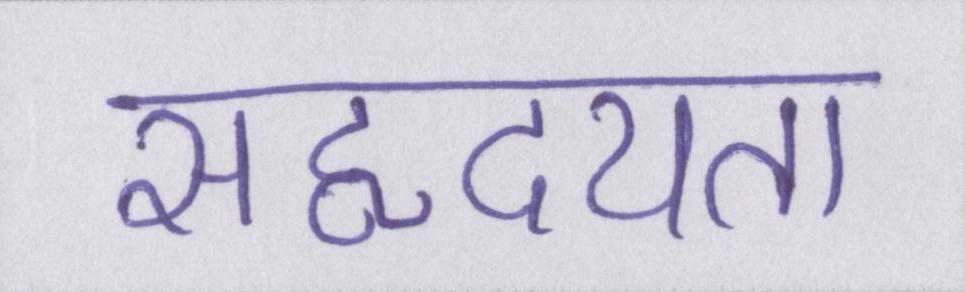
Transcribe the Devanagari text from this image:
सहृदयता